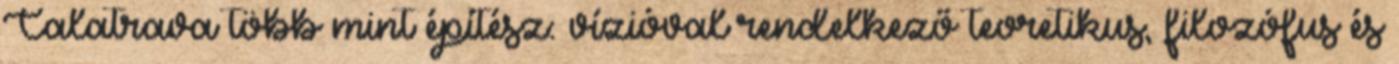
Calatrava több mint építész: vízióval rendelkező teoretikus, filozófus és